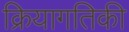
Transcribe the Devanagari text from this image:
क्रियागतिकी